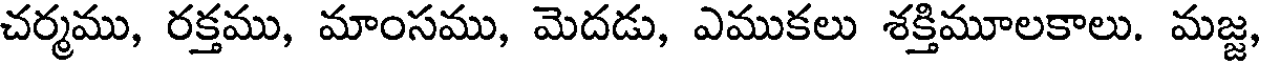
చర్మము, రక్తము, మాంసము, మెదడు, ఎముకలు శక్తిమూలకాలు. మజ్జ,